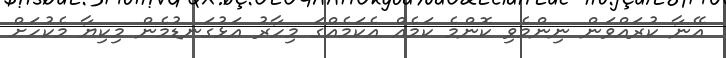
އޭނާ ކުރައްވަން ނިންމެވި ކޮންމެ ކަމެއް އެކަމެއްގަ މިހާރު އަޅުގަނޑުމެން މިކިޔާ މެކުހަށް